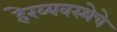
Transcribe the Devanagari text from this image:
हेरव्यवस्थेचे